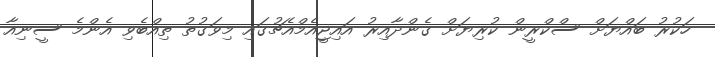
ހަކުރު ބައްޔަށް ސްކްރީން ކުރިޔަށް ގެންދާއިރު އައިޖީއެމްއެޗުގައި މިވަގުތު ތިއްބެވި އެންމެ ސީނިއާ